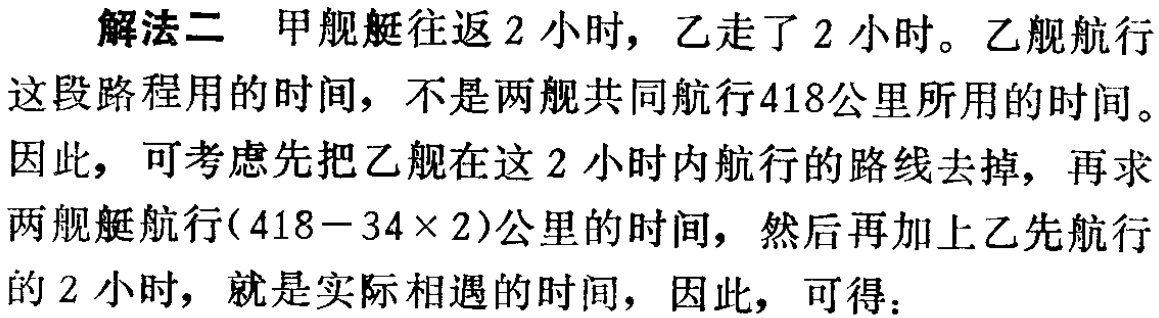
解法二 甲舰艇往返2小时，乙走了2小时。乙舰航行

这段路程用的时间，不是两舰共同航行418公里所用的时间。

因此，可考虑先把乙舰在这2小时内航行的路线去掉，再求

两舰艇航行\((418 - 34\times 2)\)公里的时间，然后再加上乙先航行

的2小时，就是实际相遇的时间，因此，可得：